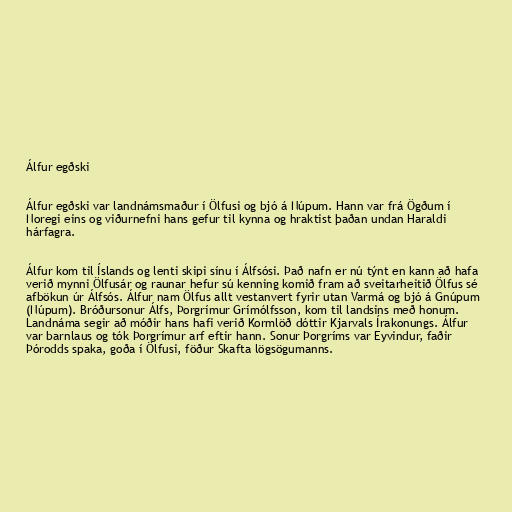
Álfur egðski

Álfur egðski var landnámsmaður í Ölfusi og bjó á Núpum. Hann var frá Ögðum í
Noregi eins og viðurnefni hans gefur til kynna og hraktist þaðan undan Haraldi
hárfagra.

Álfur kom til Íslands og lenti skipi sínu í Álfsósi. Það nafn er nú týnt en kann að hafa
verið mynni Ölfusár og raunar hefur sú kenning komið fram að sveitarheitið Ölfus sé
afbökun úr Álfsós. Álfur nam Ölfus allt vestanvert fyrir utan Varmá og bjó á Gnúpum
(Núpum). Bróðursonur Álfs, Þorgrímur Grímólfsson, kom til landsins með honum.
Landnáma segir að móðir hans hafi verið Kormlöð dóttir Kjarvals Írakonungs. Álfur
var barnlaus og tók Þorgrímur arf eftir hann. Sonur Þorgríms var Eyvindur, faðir
Þórodds spaka, goða í Ölfusi, föður Skafta lögsögumanns.